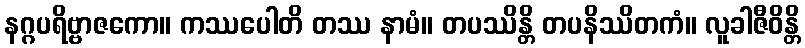
နဂ္ဂပရိဗ္ဗာဇကော။ ကဿပေါတိ တဿ နာမံ။ တပဿိန္တိ တပနိဿိတကံ။ လူခါဇီဝိန္တိ